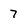
Character: 7